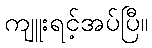
ကျူးရင့်အပ်ပြီ။